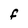
Character: F